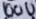
Text: 100U